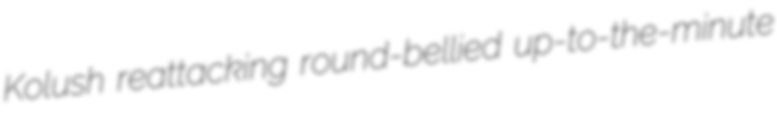
Kolush reattacking round-bellied up-to-the-minute